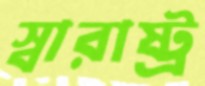
স্বারাষ্ট্র